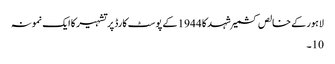
لاہور کے خالص کشمیر شہد کا 1944 کے پوسٹ کارڈ پر تشہیر کا ایک نمونہ
10۔